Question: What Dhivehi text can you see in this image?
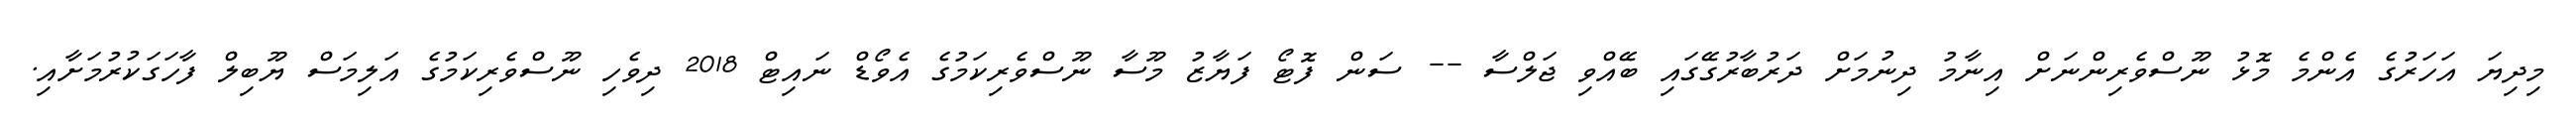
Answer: މިދިޔަ އަހަރުގެ އެންމެ މޮޅު ނޫސްވެރިންނަށް އިނާމު ދިނުމަށް ދަރުބާރުގޭގައި ބޭއްވި ޖަލްސާ -- ސަން ފޮޓޯ ފަޔާޒު މޫސާ ނޫސްވެރިކަމުގެ އެވޯޑް ނައިޓް 2018 ދިވެހި ނޫސްވެރިކަމުގެ އަލިމަސް ޔޫބިލް ފާހަގަކުރުމަށާއި.